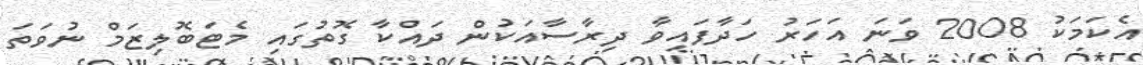
އެކަމަކު 2008 ވަނަ އަހަރު ހަދާފައިވާ ދިރާސާއަކުން ދައްކާ ގޮތުގައި މެޓަބޮލިޒަމް ނުވަތަ